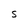
Character: t